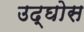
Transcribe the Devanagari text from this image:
उद्घोस